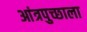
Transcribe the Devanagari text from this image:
आंत्रपुच्छाला